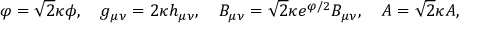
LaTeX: \varphi = \sqrt { 2 } \kappa \phi , \ \ \ g _ { \mu \nu } = 2 \kappa h _ { \mu \nu } , \ \ \ { \cal B } _ { \mu \nu } = \sqrt { 2 } \kappa e ^ { \varphi / 2 } B _ { \mu \nu } , \ \ \ { \cal A } = \sqrt { 2 } \kappa A ,